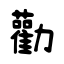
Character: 勸